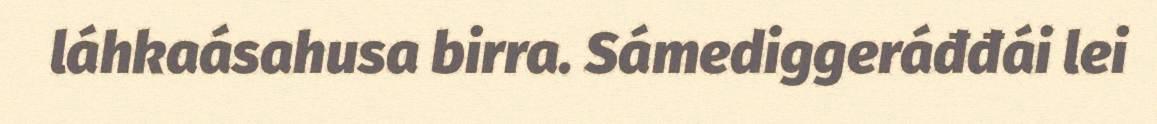
láhkaásahusa birra. Sámediggeráđđái lei